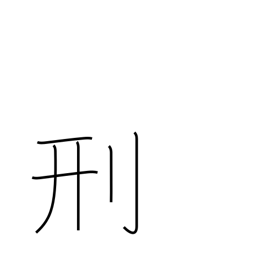
Meaning: punish